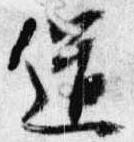
道